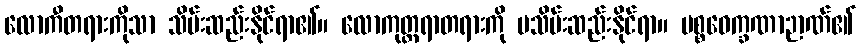
လောကီတရားကိုသာ သိမ်းဆည်းနိုင်ရာ၏။ လောကုတ္တရာတရားကို မသိမ်းဆည်းနိုင်ရာ။ ပစ္စဝေက္ခဏာဉာဏ်၏